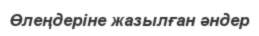
Өлеңдеріне жазылған әндер